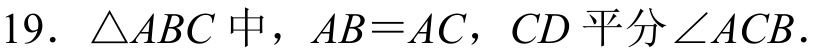
19. \(\triangle ABC\)中，\(AB = AC\)，\(CD\)平分\(\angle ACB\).